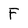
Character: F